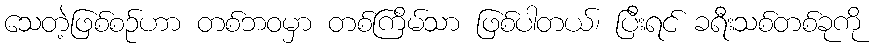
သေတဲ့ဖြစ်စဉ်ဟာ တစ်ဘဝမှာ တစ်ကြိမ်သာ ဖြစ်ပါတယ်၊ ပြီးရင် ခရီးသစ်တစ်ခုကို